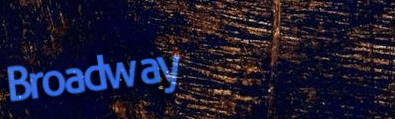
Broadway